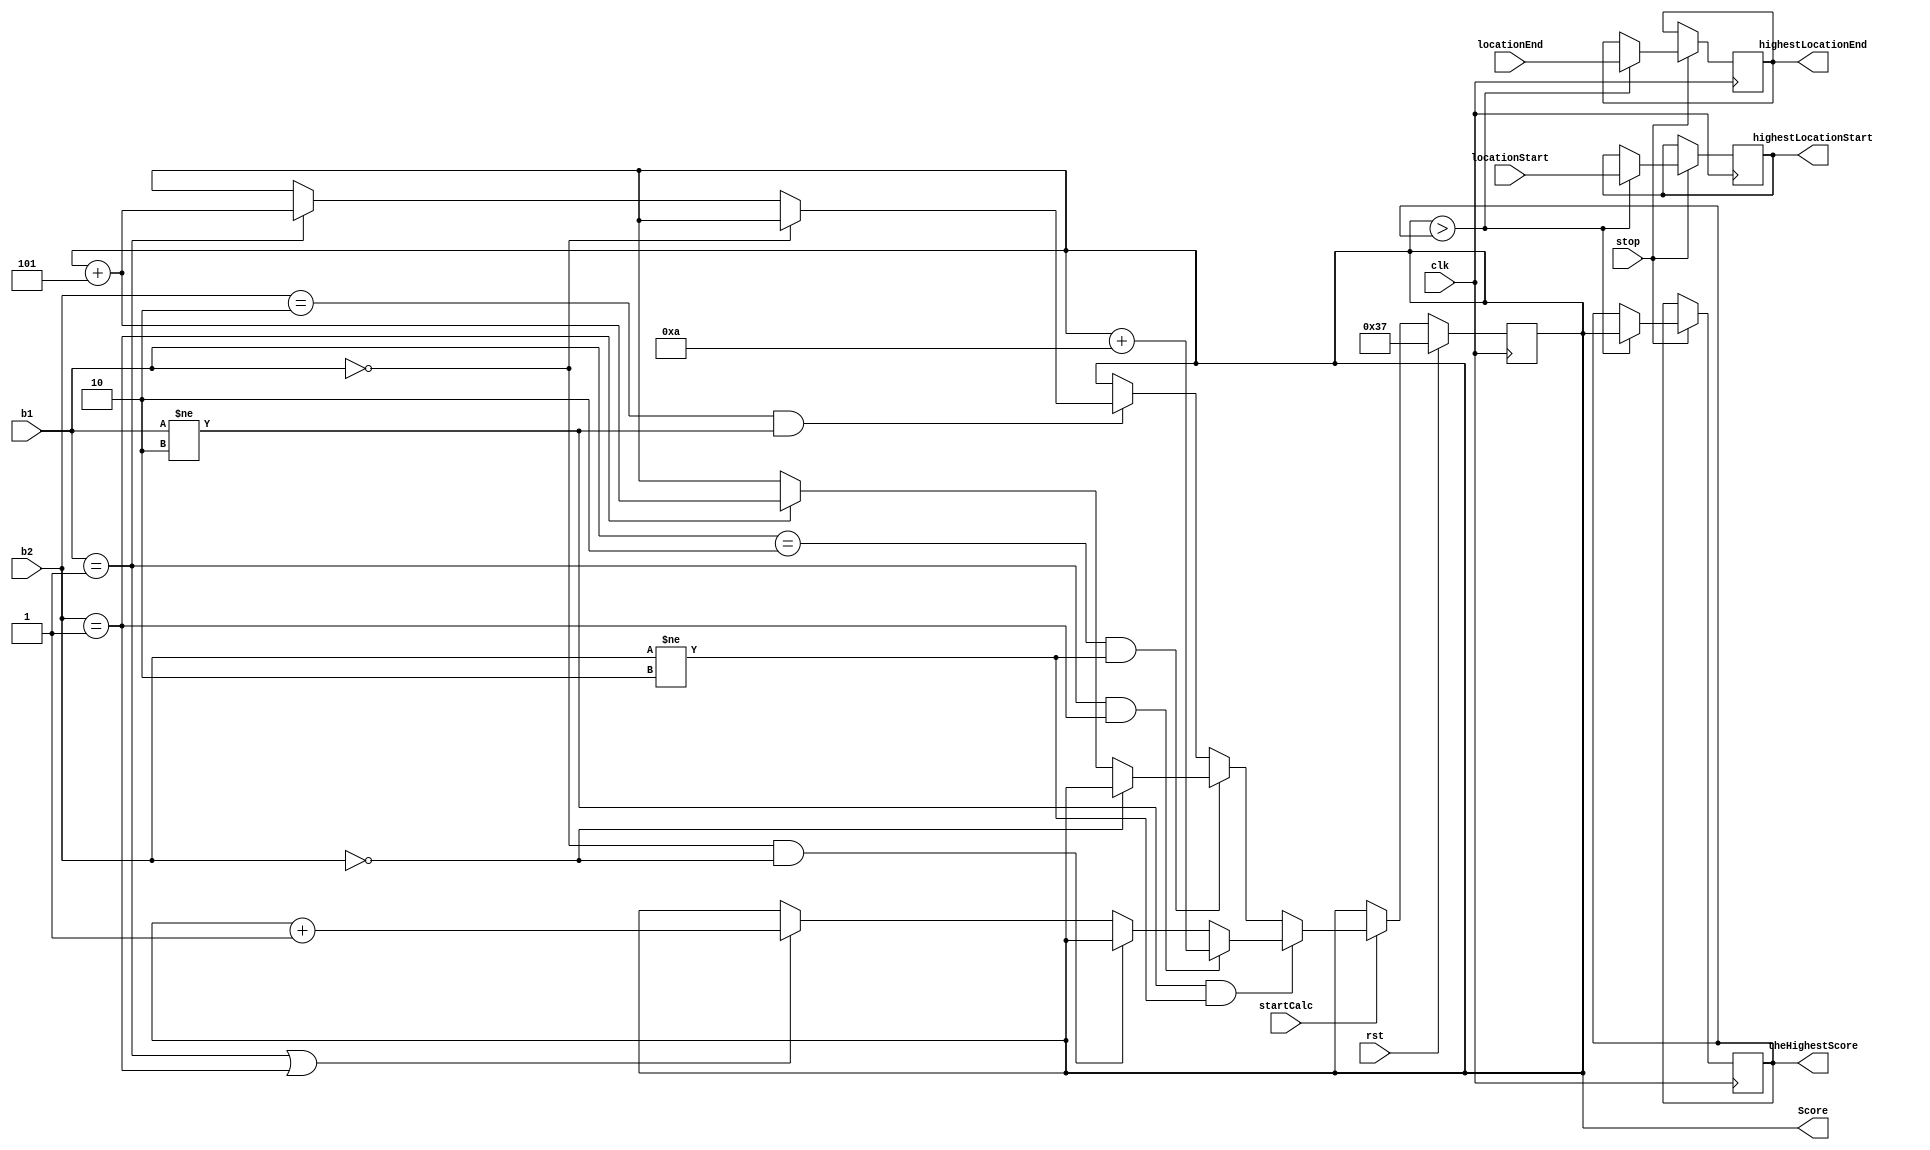
`timescale 1ns / 1ps

module highScore(
       input clk,
       input rst,
       input [1:0] b1,
       input [1:0] b2,
       input stop,
       input [31:0] locationStart,
       input [31:0] locationEnd,
       input startCalc,
       output [10:0] Score, //??? ?????, ????? ???? ????? ??????
       output  [10:0] theHighestScore,
       output reg [31:0] highestLocationStart,
       output reg [31:0] highestLocationEnd
    );
    
    reg [10:0] highScore;
     reg [10:0] theHighestScoreReg=0;
    assign Score = highScore;
    assign theHighestScore = theHighestScoreReg;
    
    always @(posedge clk)
    begin
      if(stop)
      begin
         if(highScore > theHighestScoreReg)
         begin
            highestLocationStart <= locationStart;
            highestLocationEnd <= locationEnd;
            theHighestScoreReg <= highScore; 
         end
      end   
    end
    
    always @(posedge clk)
    begin
    if(rst)
    begin
       highScore <= 55;
       //theHighestScore <= 0;
    end
    else if(startCalc)
    begin
      if(b1 != 2 & b2 != 2)
       begin
          if(b1 == 1 & b2 == 1)
            highScore <= highScore + 10;
          else if(b1 == 0 & b2 == 0)
            highScore <= highScore;   
          else if(b1 == 1 || b2 == 1)
            highScore <= highScore + 1;
       end 
     else if(b1 == 2 & b2 != 2)
     begin
          if(b2 == 0)
            highScore <= highScore; 
          else if(b2 == 1)
            highScore <= highScore + 5;
    end
    else if(b2 == 2 & b1 != 2)
    begin
         if(b1 == 0)
            highScore <= highScore; 
         else if(b1 == 1)
            highScore <= highScore + 5;
    end
    else if(b2 == 2 & b1 == 2)
         highScore <= highScore;
    end
    end
    
    
    
      
endmodule